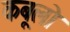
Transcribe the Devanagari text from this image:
कबूलो